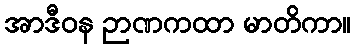
အာဒီဝန ဉာဏကထာ မာတိကာ။